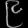
Digit: ၉